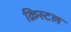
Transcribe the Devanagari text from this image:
क्रिस्‍टल